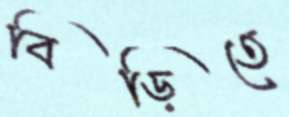
বিড়িতে